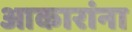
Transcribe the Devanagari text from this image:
आकारांना